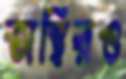
অস্থিরও